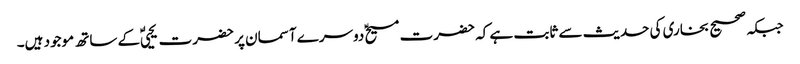
جبکہ صحیح بخاری کی حدیث سے ثابت ہے کہ حضرت مسیحؑ دوسرے آسمان پر حضرت یحییٰؑ کے ساتھ موجود ہیں۔